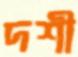
দশী